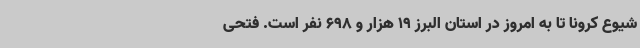
شیوع کرونا تا به امروز در استان البرز 19 هزار و 698 نفر است. فتحی